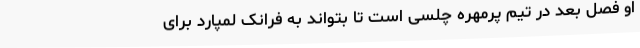
او فصل بعد در تیم پرمهره چلسی است تا بتواند به فرانک لمپارد برای